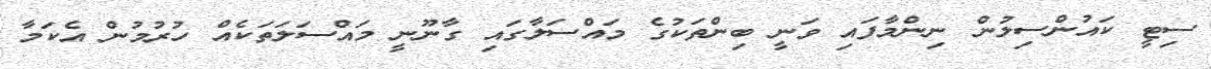
ސިޓީ ކައުންސިލުން ނިންމާފައި ވަނީ ބިންތަކުގެ މައްސަލާގައި ގާނޫނީ މައްސަލަތަކެއް ހުރުމުން އެކަމާ